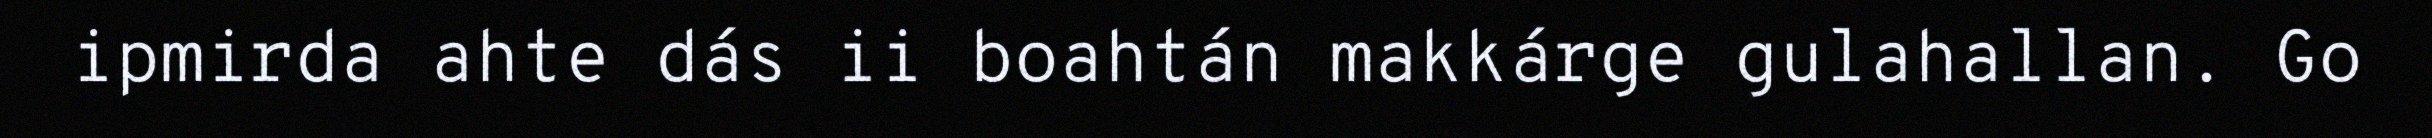
ipmirda ahte dás ii boahtán makkárge gulahallan. Go